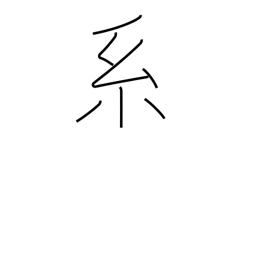
Meaning: lineage